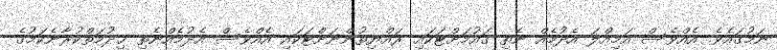
ނަމުގައެވެ. އެއްވެސް އަމިއްލަ އެދުމެއް ނެތި ގައުމަށްޓަކައި ރައްޔިތުންނަށްޓަކައި އެއްވެސް އެދުމެއްނެތި ޚިދުމަތްކުރާނެކަމުގެ